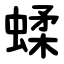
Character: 蝚